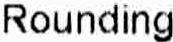
ROUNDING